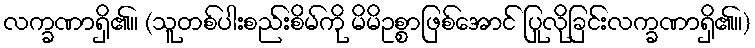
လက္ခဏာရှိ၏။ (သူတစ်ပါးစည်းစိမ်ကို မိမိဥစ္စာဖြစ်အောင် ပြုလိုခြင်းလက္ခဏာရှိ၏။)